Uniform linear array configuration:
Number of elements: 24
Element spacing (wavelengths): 0.5
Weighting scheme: cosine
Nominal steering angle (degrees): -15
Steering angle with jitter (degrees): -15.562
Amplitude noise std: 0.05
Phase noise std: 0.05

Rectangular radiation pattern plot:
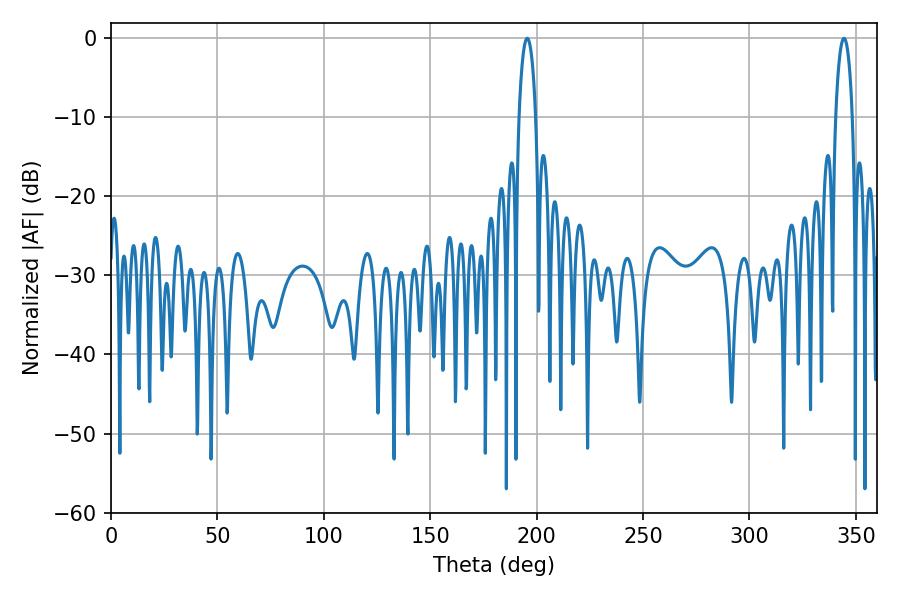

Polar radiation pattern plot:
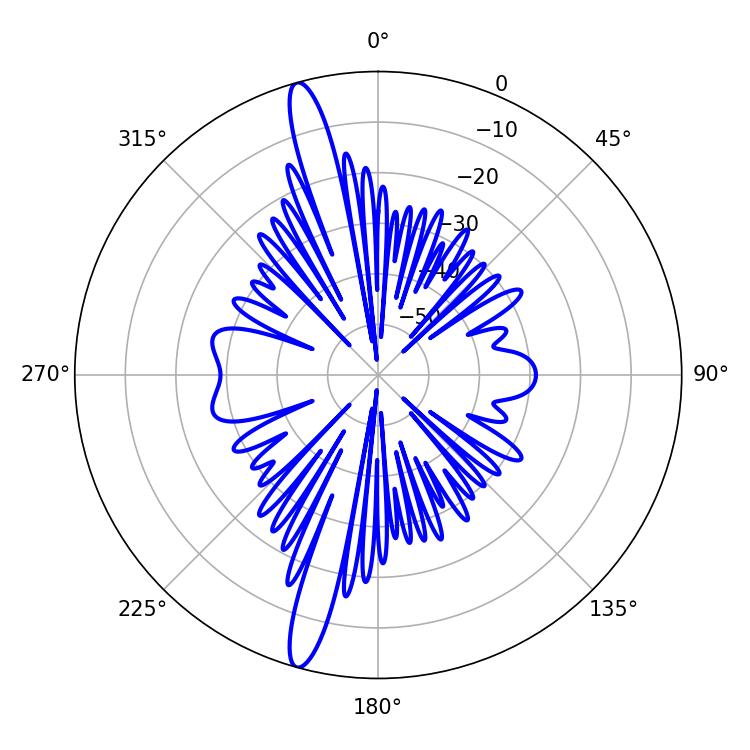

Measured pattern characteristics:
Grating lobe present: FALSE
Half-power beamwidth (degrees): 4.5
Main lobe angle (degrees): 195.66